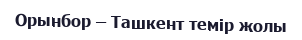
Орынбор – Ташкент темір жолы